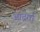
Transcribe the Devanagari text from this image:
आद्रर्ता